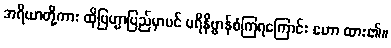
အရိယာတို့ကား ထိုဗြဟ္မာပြည်မှာပင် ပရိနိဗ္ဗာန်စံကြရကြောင်း ဟော ထား၏။